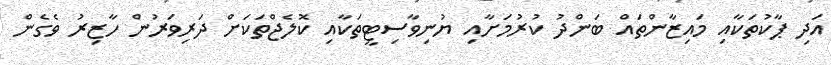
އަދި ޕާކުތަކާއި މައިޒާންތައް ބަންދު ކުރުމަށާއި ޔުނިވާސިޓީތަކާއި ކޮލެޖްތަކަށް ދަރިވަރުން ހާޒިރު ވެގެން